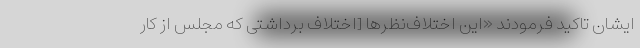
ایشان تاکید فرمودند «این اختلاف‌نظرها [اختلاف برداشتی که مجلس از کار